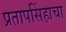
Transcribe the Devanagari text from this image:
प्रतापसिंहाचा